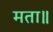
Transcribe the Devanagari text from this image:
मता॥